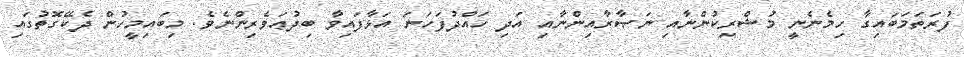
ފުރަތަމަބައިގާ ހިމެނެނީ މުޝްރިކުންނާއި ނަޞާރާއިންނާއި އަދި ހައްދުފަހަނަ އަޅާފައިވާ ބިދުޢަވެރިންނެވެ. މިބައިމީހުން ދެކޭގޮތުގައި